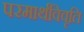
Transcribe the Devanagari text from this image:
परमार्थविवृति